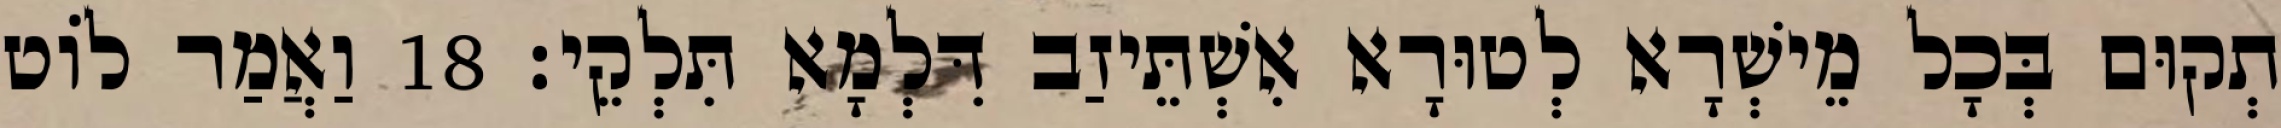
תְקוּם בְּכָל מֵישְׁרָא לְטוּרָא אִשְׁתֵּיזַב דִּלְמָא תִּלְקֵי׃ 18 וַאֲמַר לוֹט